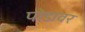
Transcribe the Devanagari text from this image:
पोडावर